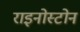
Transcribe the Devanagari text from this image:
राइनोस्टोन